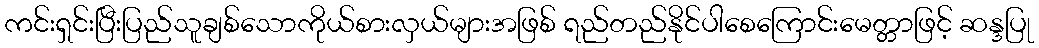
ကင်းရှင်းပြီးပြည်သူချစ်သောကိုယ်စားလှယ်များအဖြစ် ရည်တည်နိုင်ပါစေကြောင်းမေတ္တာဖြင့် ဆန္ဒပြု